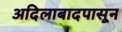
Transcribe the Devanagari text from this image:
अदिलाबादपासून